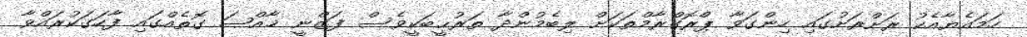
ހަމައެޔާއެކު ރަށްރަށުގައި ހިންގަވާ ޕްރޮގްރާމްތަކަށް ލިބެމުންދާ ތަރުޙީބަކީވެސް ފަޒްނީ ޚާއްޞަ ގޮތެއްގައި ފާހަގަކުރައްވާ